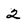
Character: 2